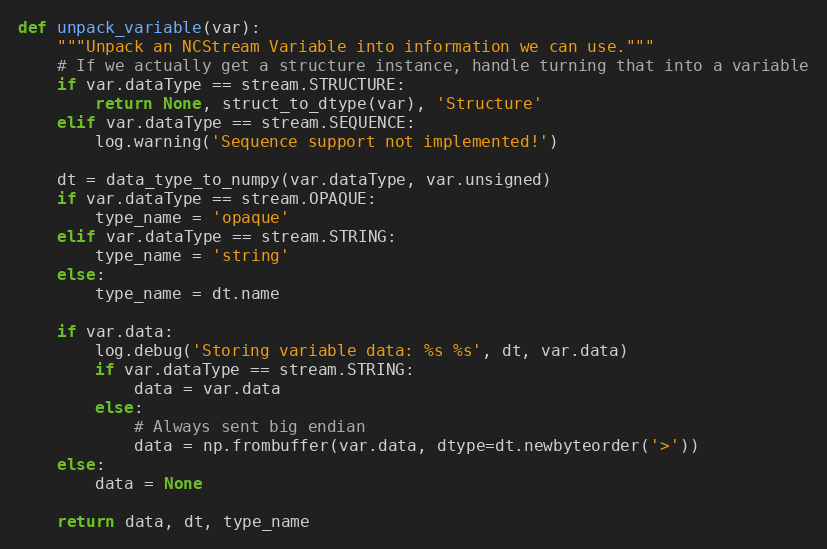
Language: Python
def unpack_variable(var):
    """Unpack an NCStream Variable into information we can use."""
    # If we actually get a structure instance, handle turning that into a variable
    if var.dataType == stream.STRUCTURE:
        return None, struct_to_dtype(var), 'Structure'
    elif var.dataType == stream.SEQUENCE:
        log.warning('Sequence support not implemented!')

    dt = data_type_to_numpy(var.dataType, var.unsigned)
    if var.dataType == stream.OPAQUE:
        type_name = 'opaque'
    elif var.dataType == stream.STRING:
        type_name = 'string'
    else:
        type_name = dt.name

    if var.data:
        log.debug('Storing variable data: %s %s', dt, var.data)
        if var.dataType == stream.STRING:
            data = var.data
        else:
            # Always sent big endian
            data = np.frombuffer(var.data, dtype=dt.newbyteorder('>'))
    else:
        data = None

    return data, dt, type_name